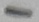
Text: 1